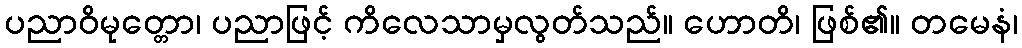
ပညာဝိမုတ္တော၊ ပညာဖြင့် ကိလေသာမှလွတ်သည်။ ဟောတိ၊ ဖြစ်၏။ တမေနံ၊